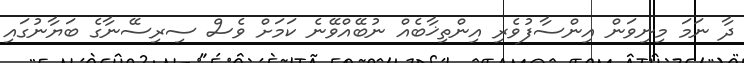
ދާ ނަމަ މިނިވަން އިންސާފުވެރި އިންތިޚާބެއް ނުބޭއްވޭނެ ކަމަށް ވެސް ސިރިސޭނާގެ ބަޔާނުގައި